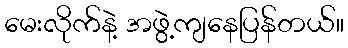
မေးလိုက်နဲ့ အဖွဲ့ကျနေပြန်တယ်။